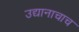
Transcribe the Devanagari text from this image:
उद्यानाचाच